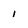
Character: 1